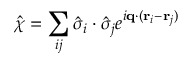
\hat { \chi } = \sum _ { i j } \hat { \boldsymbol { \sigma } } _ { i } \cdot \hat { \boldsymbol { \sigma } } _ { j } e ^ { i \mathbf { q } \cdot ( \mathbf { r } _ { i } - \mathbf { r } _ { j } ) }